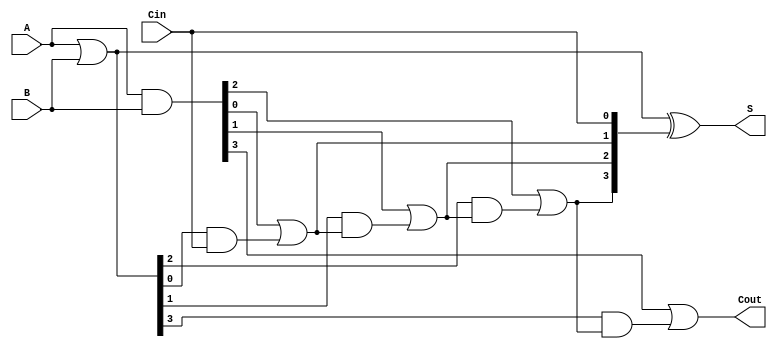
module carry_lookahead_adder #(
    parameter N = 4  // Bit-width of the adder, can be changed to support n-bits
)(
    input  [N-1:0] A,         // First n-bit input
    input  [N-1:0] B,         // Second n-bit input
    input         Cin,         // Carry-in
    output [N-1:0] S,         // n-bit sum output
    output        Cout         // Carry-out
);

    wire [N-1:0] G;           // Generate signals
    wire [N-1:0] P;           // Propagate signals
    wire [N:0] C;             // Carry signals, C[0] = Cin, C[N] = Cout

    // Generate and Propagate Signals
    assign G = A & B;         // G[i] = A[i] & B[i]
    assign P = A | B;         // P[i] = A[i] | B[i]

    // Carry Signals Calculation
    assign C[0] = Cin;        // C[0] = Cin
    
    genvar i;
    generate
        for (i = 0; i < N - 1; i = i + 1) begin : carry_gen
            assign C[i + 1] = G[i] | (P[i] & C[i]);
        end
    endgenerate

    // Last Carry-out Calculation
    assign Cout = G[N-1] | (P[N-1] & C[N-1]);

    // Sum Calculation
    assign S = P ^ C[N-1:0];  // S[i] = P[i] ^ C[i]

endmodule